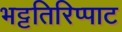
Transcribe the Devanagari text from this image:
भट्टतिरिप्पाट